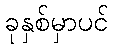
ခုနှစ်မှာပင်